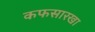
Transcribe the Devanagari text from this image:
कफसारखा